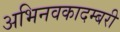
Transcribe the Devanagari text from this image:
अभिनवकादम्बरी